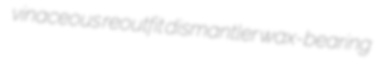
vinaceous reoutfit dismantler wax-bearing